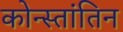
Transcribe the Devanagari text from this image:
कोन्स्तांतिन